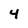
Character: 4